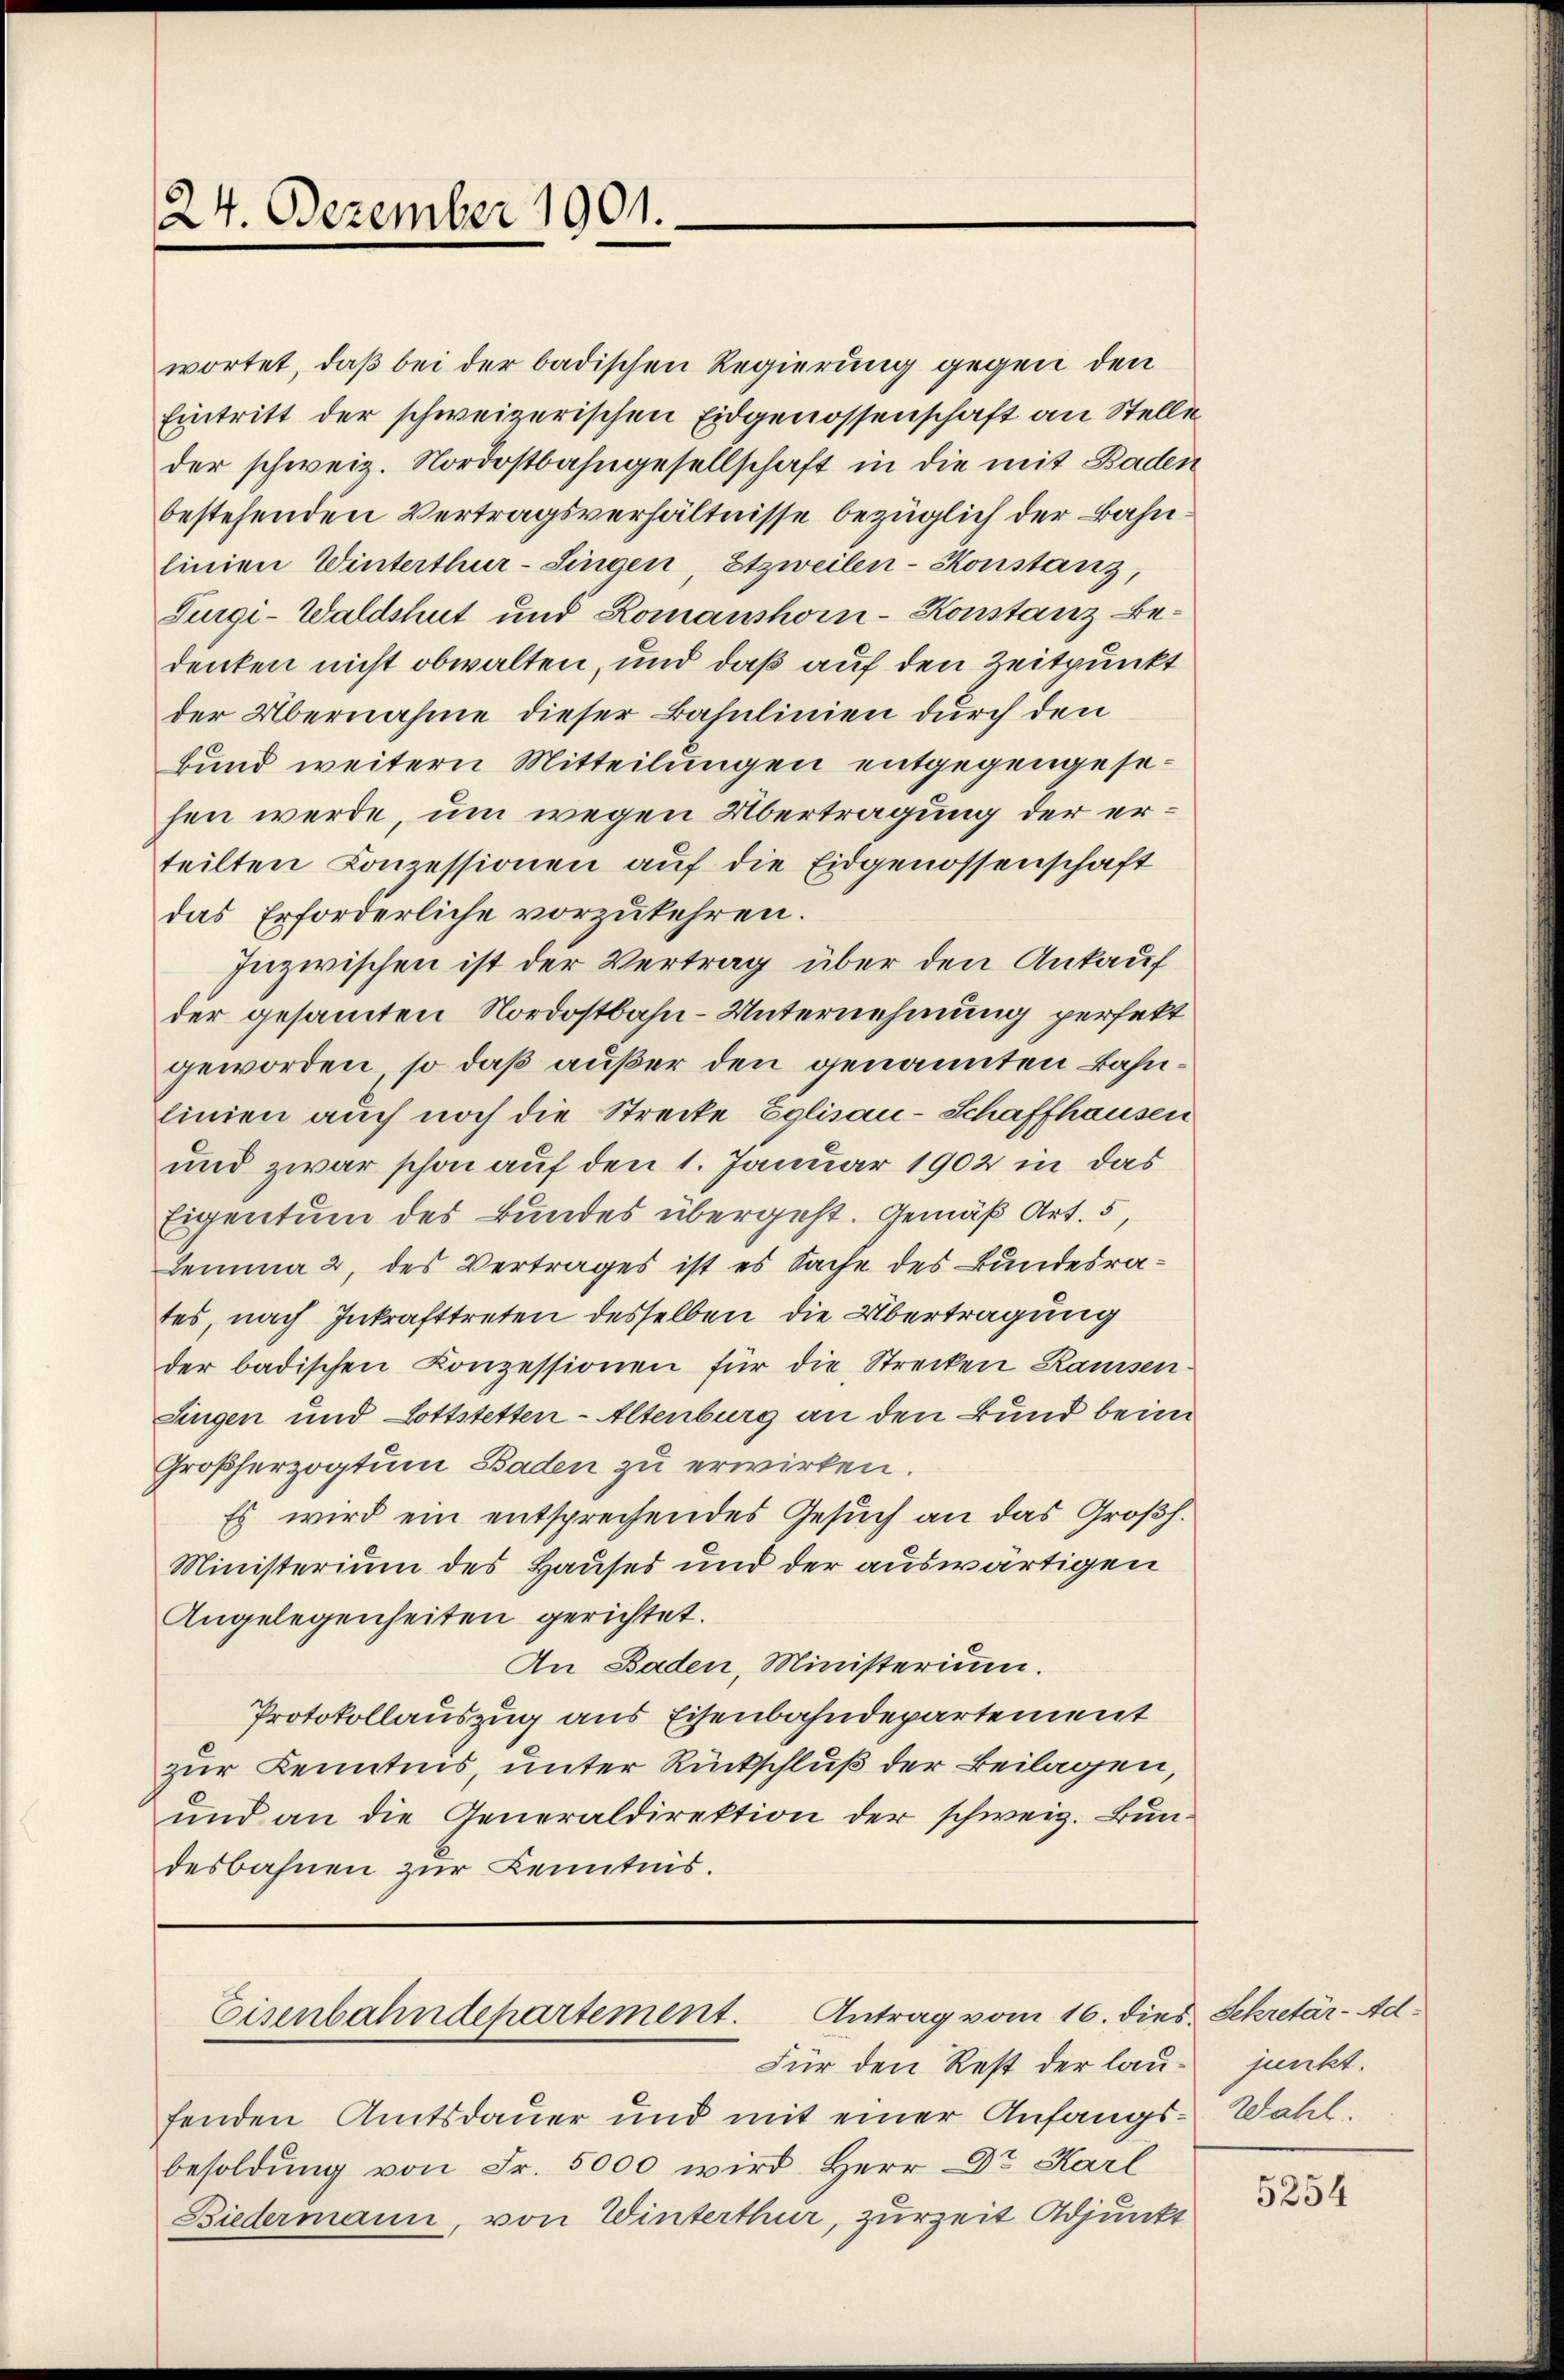
24. Dezember 1901.

wortet, daß bei der badischen Regierung gegen den
Eintritt der schweizerischen Eidgenossenschaft an Stelle
der schweiz. Nordostbahngesellschaft in die mit Baden
bestehenden Vertragsverhältnisse bezüglich der Bahnlinien Winterthur–Singen, Etzweilen-Konstanz,
Surgi-Waldshut und Romanshor-Konstanz Bedenken nicht obwalten, und daß auf den Zeitpunkt
der Übernahme dieser Bahnlinien durch den
Bund weitern Mitteilungen entgegengesesen werde, um wegen Übertragung der erteilten Conzessionen auf die Eidgenossenschaft
das Erforderliche vorzukehren.
Inzwischen ist der Vertrag über den Ankauf
der gesammten Nordostbahn-Unternehmung perfekt
geworden, so daß außer den genannten Bahnlinien auch noch die Strecke Eglisau-Schaffhausen
und zwar schon auf den 1. Januar 1902 in das
Eigentum des Bundes übergeht. Gemäß Art. 5,
Lemma 2 des Vertrages ist es Sache des Bundesrates, nach Inkrafttreten desselben die Übertragung
der badischen Conzessionen für die Strecken Ramsen
Singen und Lottstetten-Altenburg an den Bund beim
Großherzogtum Baden zu erwirken.
Es wird ein entsprechendes Gesuch an das Großh.
Ministerium des Hauses und der auswärtigen
Angelegenheiten gerichtet.
An Baden, Ministerium.
Protokollauszug aus Eisenbahndepartement
zur Kenntnis unter Rückschluß der Beilagen,
und an die Generaldirektion der schweiz. Bundesbahnen zur Kenntnis.

Eisenbahndepartement. Antrag vom 16. dies Sekretär-Ad¬

Für den Rest der lau- junkt.
fenden Amtsdauer und mit einer Anfangs-Wahl.
besoldung von Fr. 5000 wird Herr Dr. Karl
Biedermann, von Winterthur, zurzeit Adjunkt

5254